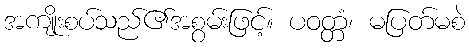
အကျိုးစပ်သည်၏အစွမ်းဖြင့်။ ပဝတ္တံ၊ မပြတ်မစဲ